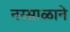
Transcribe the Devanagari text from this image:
नरसाळाने